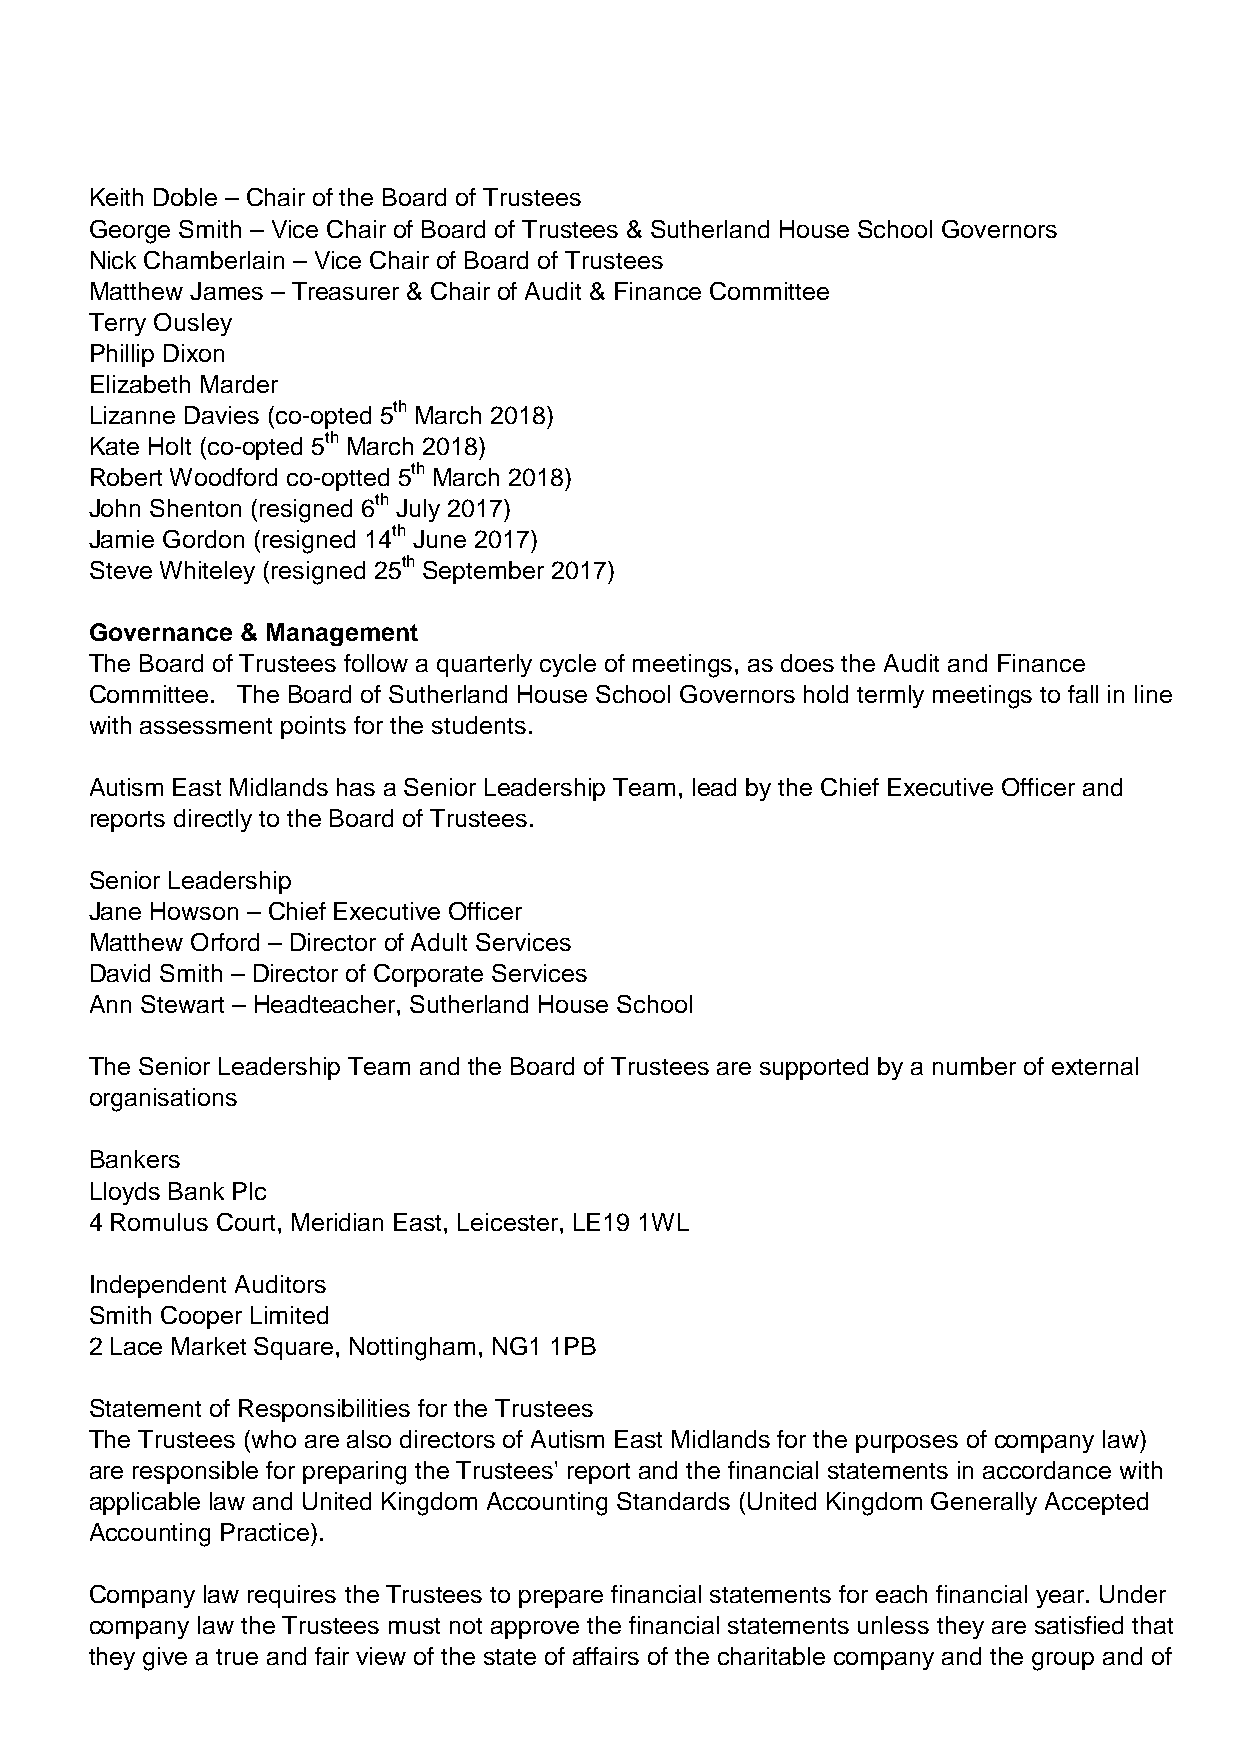
Keith Doble – Chair of the Board of Trustees
 George Smith – Vice Chair of Board of Trustees & Sutherland House School Governors
 Nick Chamberlain – Vice Chair of Board of Trustees
 Matthew James – Treasurer & Chair of Audit & Finance Committee
 Terry Ousley
 Phillip Dixon
 Elizabeth Marder
 Lizanne Davies (co-opted 5th March 2018)
 Kate Holt (co-opted 5th March 2018)
 Robert Woodford co-optted 5th March 2018)
 John Shenton (resigned 6th July 2017)
 Jamie Gordon (resigned 14th June 2017)
 Steve Whiteley (resigned 25th September 2017)
 Governance & Management
 The Board of Trustees follow a quarterly cycle of meetings, as does the Audit and Finance
 Committee. The Board of Sutherland House School Governors hold termly meetings to fall in line
 with assessment points for the students.
 Autism East Midlands has a Senior Leadership Team, lead by the Chief Executive Officer and
 reports directly to the Board of Trustees.
 Senior Leadership
 Jane Howson – Chief Executive Officer
 Matthew Orford – Director of Adult Services
 David Smith – Director of Corporate Services
 Ann Stewart – Headteacher, Sutherland House School
 The Senior Leadership Team and the Board of Trustees are supported by a number of external
 organisations
 Bankers
 Lloyds Bank Plc
 4 Romulus Court, Meridian East, Leicester, LE19 1WL
 Independent Auditors
 Smith Cooper Limited
 2 Lace Market Square, Nottingham, NG1 1PB
 Statement of Responsibilities for the Trustees
 The Trustees (who are also directors of Autism East Midlands for the purposes of company law)
 are responsible for preparing the Trustees' report and the financial statements in accordance with
 applicable law and United Kingdom Accounting Standards (United Kingdom Generally Accepted
 Accounting Practice).
 Company law requires the Trustees to prepare financial statements for each financial year. Under
 company law the Trustees must not approve the financial statements unless they are satisfied that
 they give a true and fair view of the state of affairs of the charitable company and the group and of